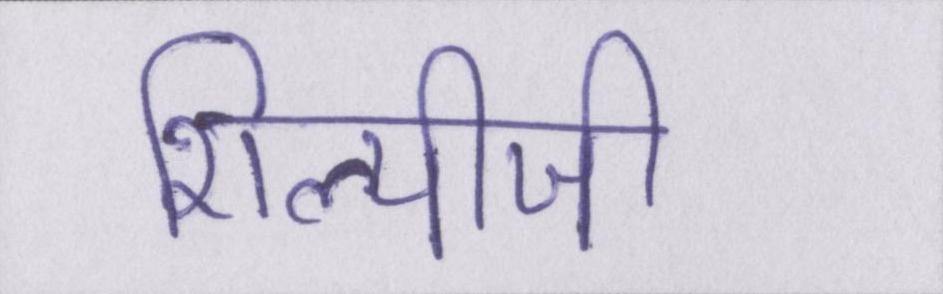
शिल्पीजी